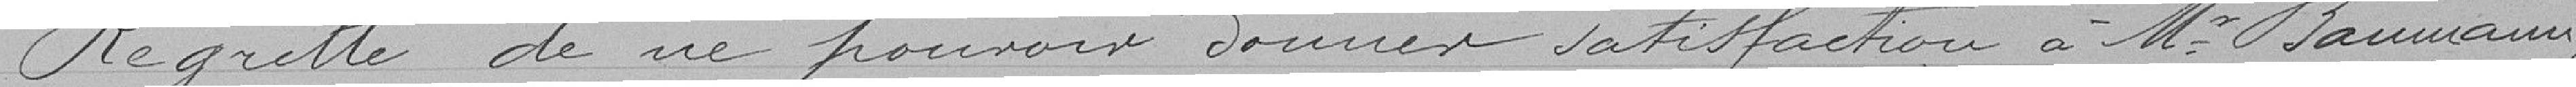
Regrette de ne pouvoir donner satisfaction à M. Baumann,